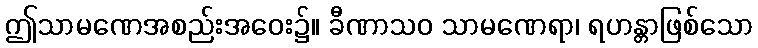
ဤသာမဏေအစည်းအဝေး၌။ ခီဏာသဝ သာမဏေရာ၊ ရဟန္တာဖြစ်သော